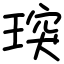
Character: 㻠